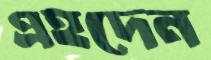
এহদেন